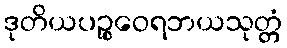
ဒုတိယပဉ္စဝေရဘယသုတ္တံ